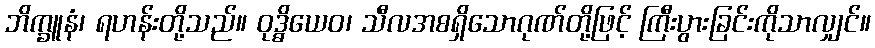
ဘိက္ခူနံ၊ ရဟန်းတို့သည်။ ဝုဒ္ဓိယေဝ၊ သီလအစရှိသောဂုဏ်တို့ဖြင့် ကြီးပွားခြင်းကိုသာလျှင်။